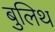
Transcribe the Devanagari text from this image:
बुलिथ